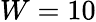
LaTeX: W=10